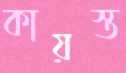
কায়স্ত